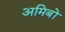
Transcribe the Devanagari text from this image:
अमिबों